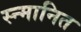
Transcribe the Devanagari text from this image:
स्न्मानित